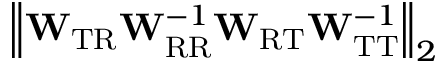
\left\Vert \mathbf { W } _ { \mathrm { T R } } \mathbf { W } _ { \mathrm { R R } } ^ { - 1 } \mathbf { W } _ { \mathrm { R T } } \mathbf { W } _ { \mathrm { T T } } ^ { - 1 } \right\Vert _ { 2 }